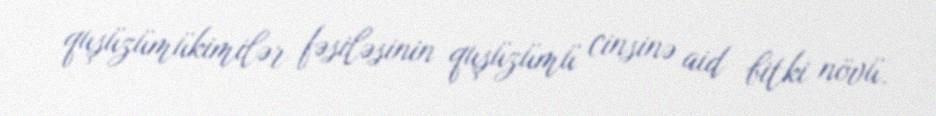
quşüzümükimilər fəsiləsinin quşüzümü cinsinə aid bitki növü.